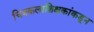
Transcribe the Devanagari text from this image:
चित्रकलाशिक्षकांकडून